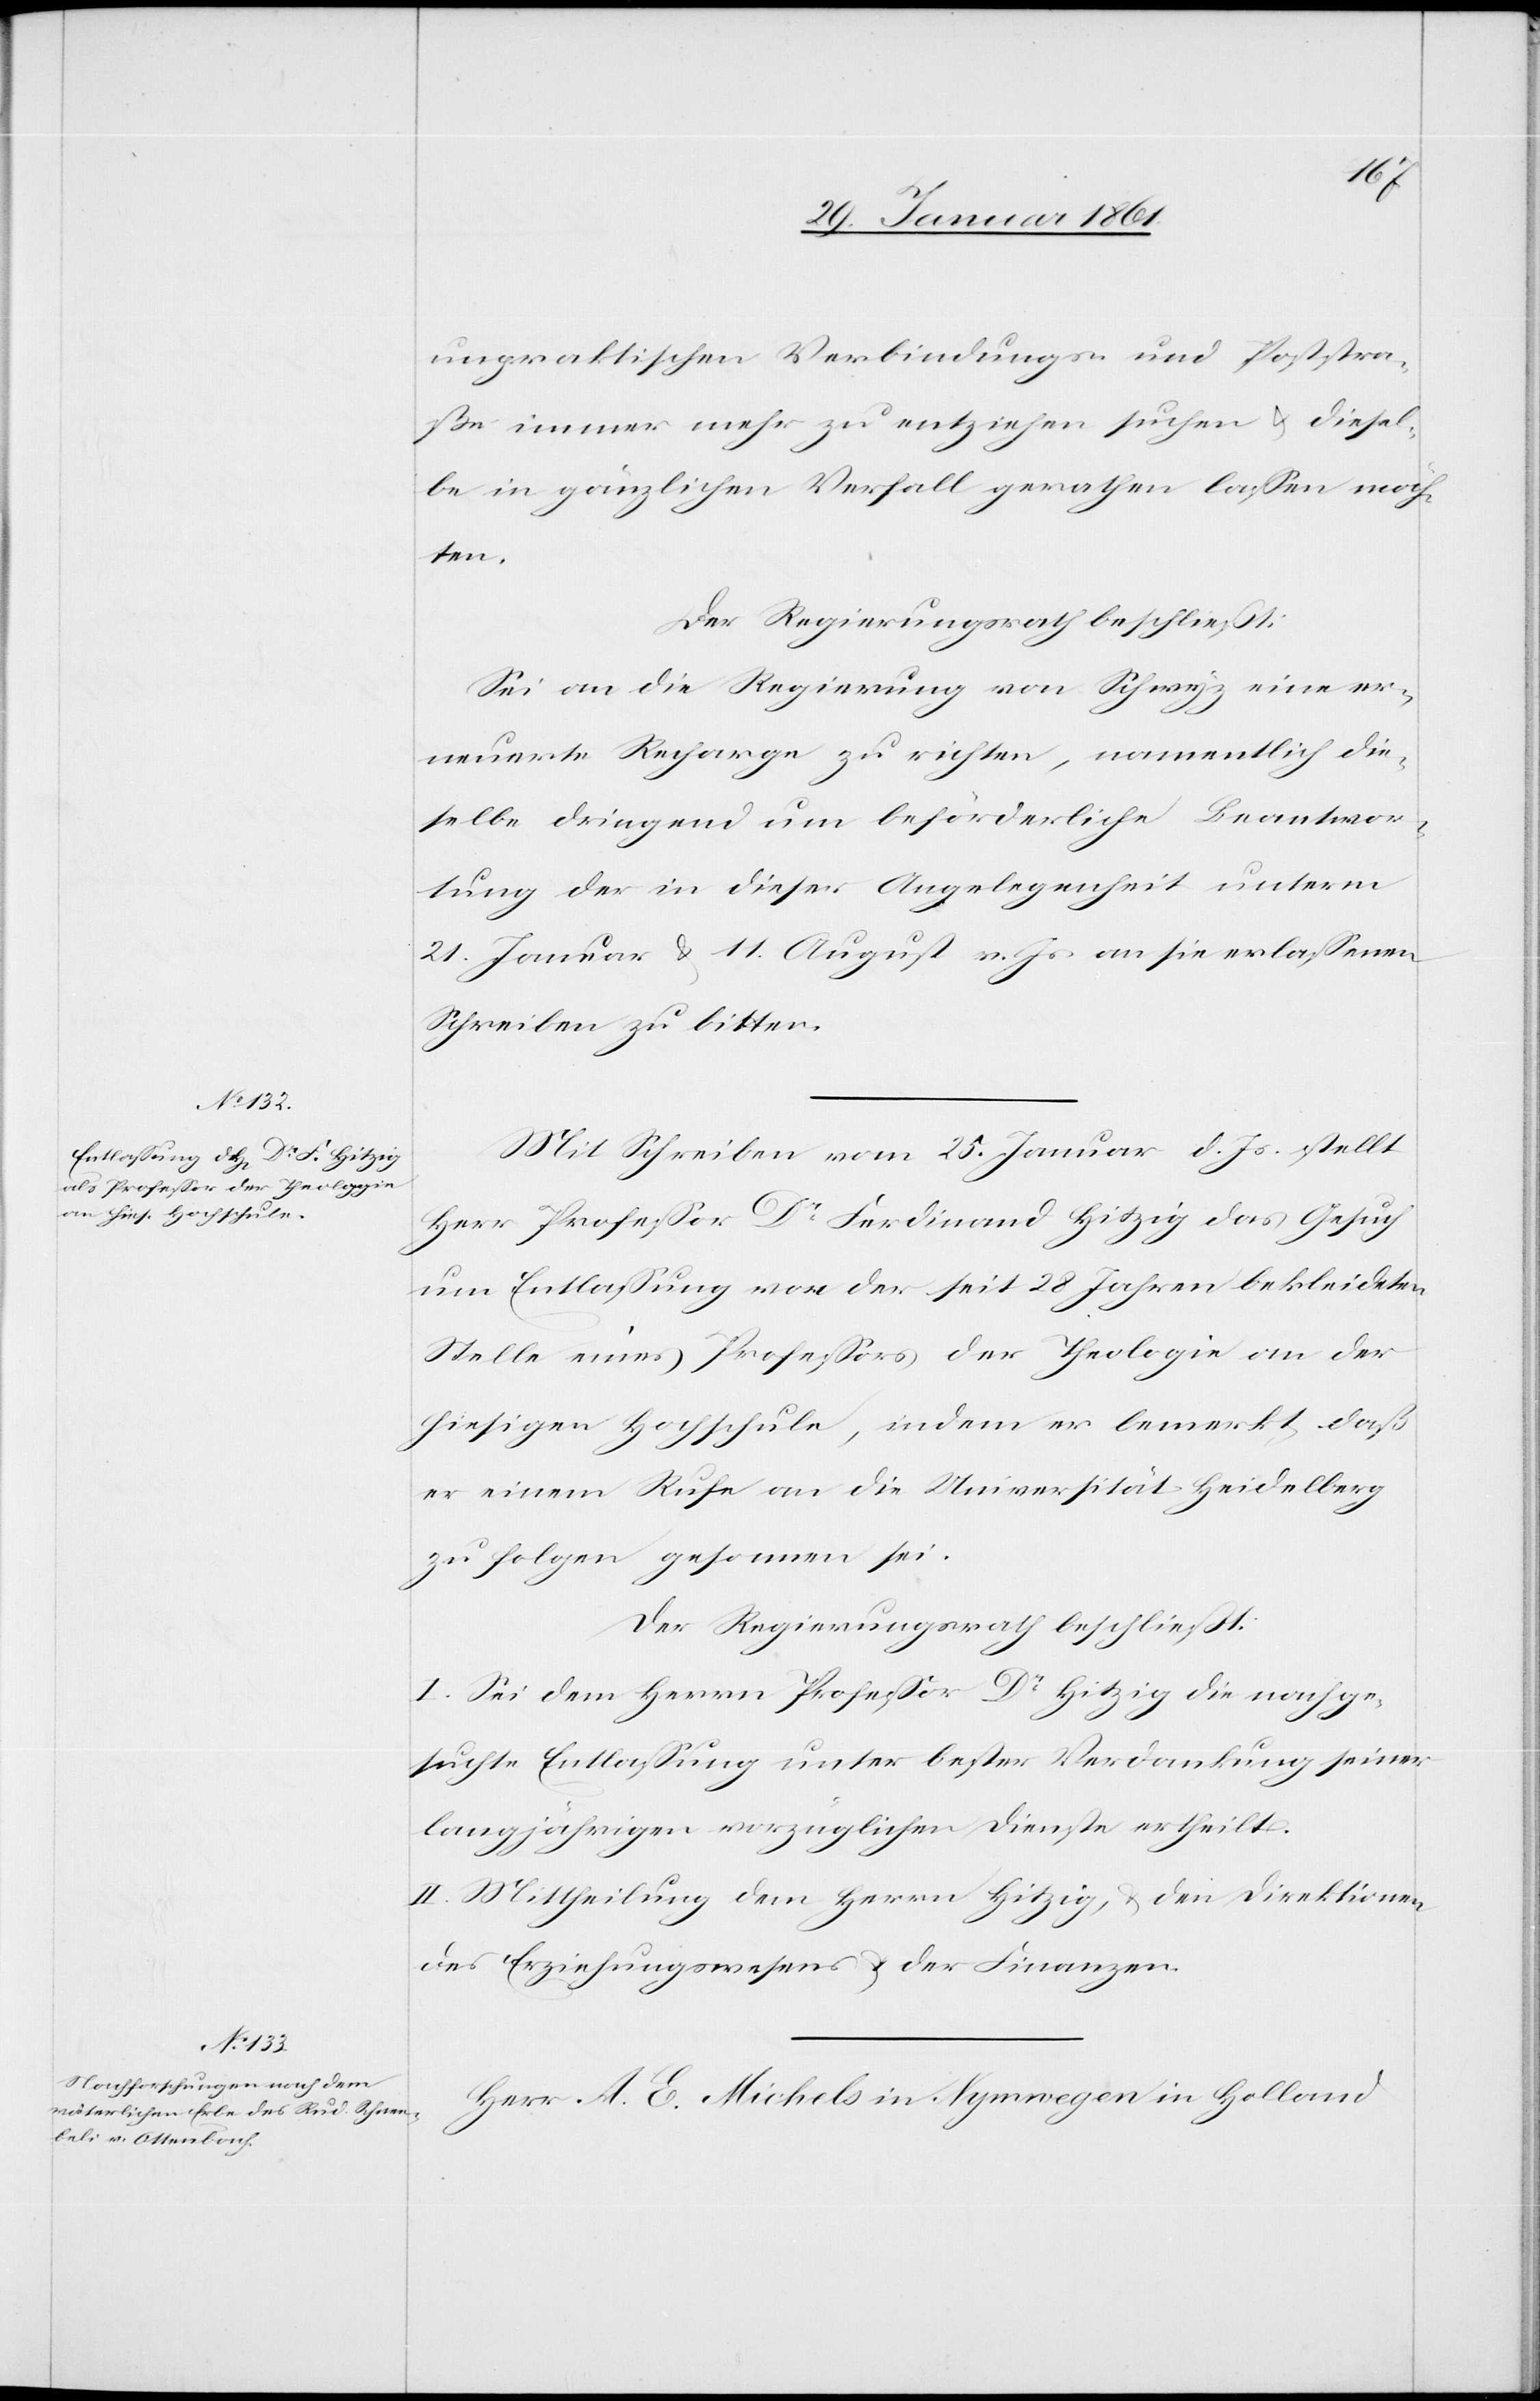
unpraktischen Verbindungs- und Poststra¬
ße immer mehr zu entziehen suchen u. diesel¬
ben in gänzlichen Verfall gerathen lassen möch¬
ten.
Der Regierungsrath beschließt:
Sei an die Regierung von Schwyz eine er¬
neuerte Recharge zu richten, namentlich die¬
selbe dringend um beförderliche Beantwor¬
tung der in dieser Angelegenheit unterm
21. Januar u. 11. August v. Js. an sie erlassenen
Schreiben zu bitten.
Mit Schreiben vom 25. Januar d. Js. stellt
Herr Professor Dr. Ferdinand Hitzig das Gesuch
um Entlassung von der seit 28 Jahren bekleideten
Stelle eines Professor der Theologie an der
hiesigen Hochschule, indem er bemerkt, daß
er einem Rufe an die Universität Heidelberg
zu folgen gesonnen sei.
Der Regierungsrath beschließt:
I. Sei dem Herrn Professor Dr. Hitzig die nachge¬
suchte Entlassung unter bester Verdankung seiner
langjährigen vorzüglichen Dienste ertheilt.
II. Mittheilung dem Herrn Hitzig, u. den Direktionen
des Erziehungswesens u. der Finanzen.
Herr A. E. Michels in Nymwegen in Holland